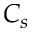
C _ { s }